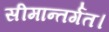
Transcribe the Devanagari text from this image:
सीमान्तर्गत।